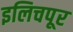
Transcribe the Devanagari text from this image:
इलिचपूर